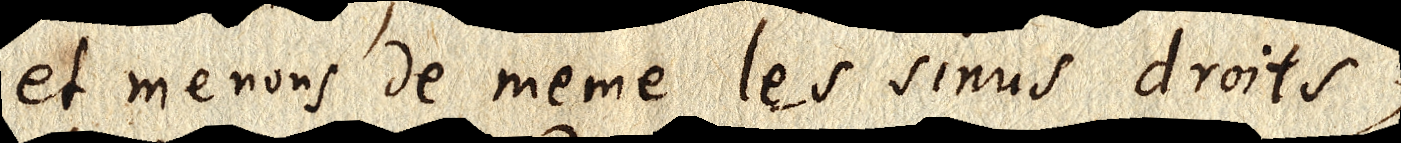
et menons de même les sinus droits,